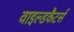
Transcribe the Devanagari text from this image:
वाइल्डकैटर्स